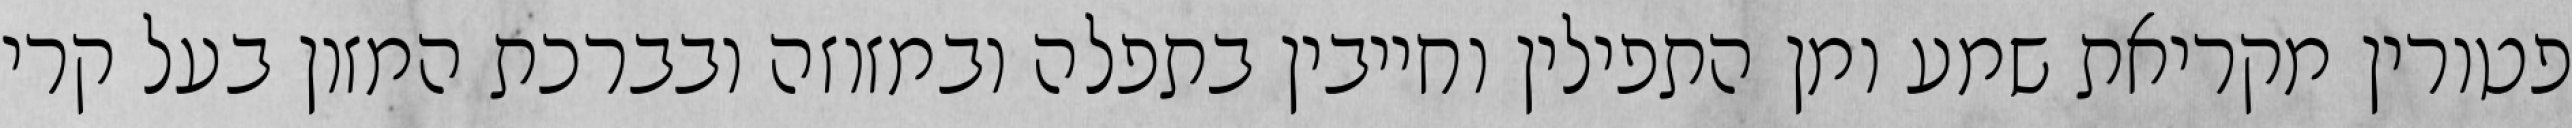
פטורין מקריאת שמע ומן התפילין וחייבין בתפלה ובמזוזה ובברכת המזון בעל קרי